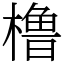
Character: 橹